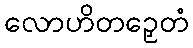
လောဟိတဉှေတံ